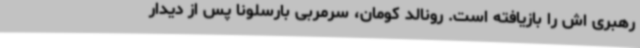
رهبری اش را بازیافته است. رونالد کومان، سرمربی بارسلونا پس از دیدار